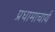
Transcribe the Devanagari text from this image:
प्रधामाचार्य